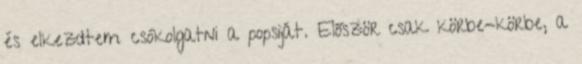
és elkezdtem csókolgatni a popsiját. Először csak körbe-körbe, a